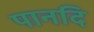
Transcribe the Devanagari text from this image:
पानदि